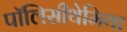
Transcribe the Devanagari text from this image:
पॉलिसीथेमिया